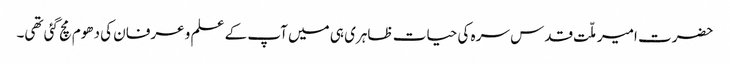
حضرت امیر ملّت قدس سرہ کی حیات ظاہری ہی میں آپ کے علم و عرفان کی دھوم مچ گئی تھی۔